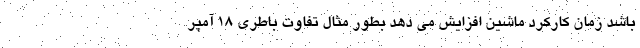
باشد زمان کارکرد ماشین افزایش می دهد بطور مثال تفاوت باطری 18 آمپر